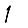
Digit: 1